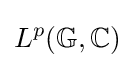
L^{p}(\mathbb {G} ,\mathbb {C} )